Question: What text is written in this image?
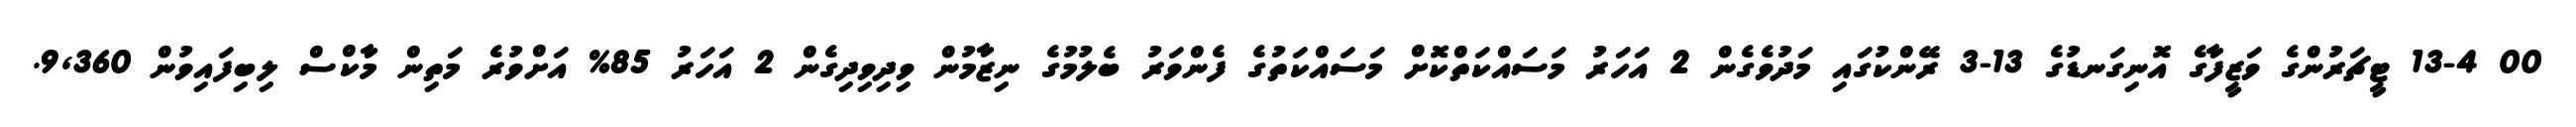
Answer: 00 13-4 ޓީޗަރުންގެ ވަޒީފާގެ އޮނިގަނޑުގެ 13-3 ރޭންކުގައި މަދުވެގެން 2 އަހަރު މަސައްކަތްކޮށް މަސައްކަތުގެ ފެންވަރު ބެލުމުގެ ނިޒާމުން ވިދިވިދިގެން 2 އަހަރު 85% އަށްވުރެ މަތިން މާކްސް ލިބިފައިވުން 9,360.